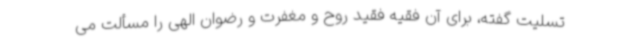
تسلیت گفته، برای آن فقیه فقید روح و مغفرت و رضوان الهی را مسألت می